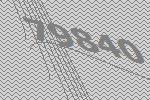
79840